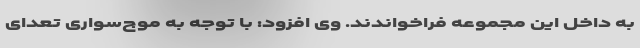
به داخل این مجموعه فراخواندند. وی افزود: با توجه به موج‌سواری تعدای